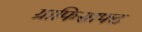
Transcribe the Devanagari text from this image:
ग्राफिसाफ्ट